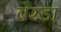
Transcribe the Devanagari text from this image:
बेरडा